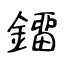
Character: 鐂